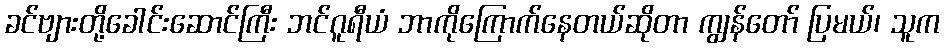
ခင်ဗျားတို့ခေါင်းဆောင်ကြီး ဘင်ဂူရီယံ ဘာကိုကြောက်နေတယ်ဆိုတာ ကျွန်တော် ပြမယ်၊ သူက